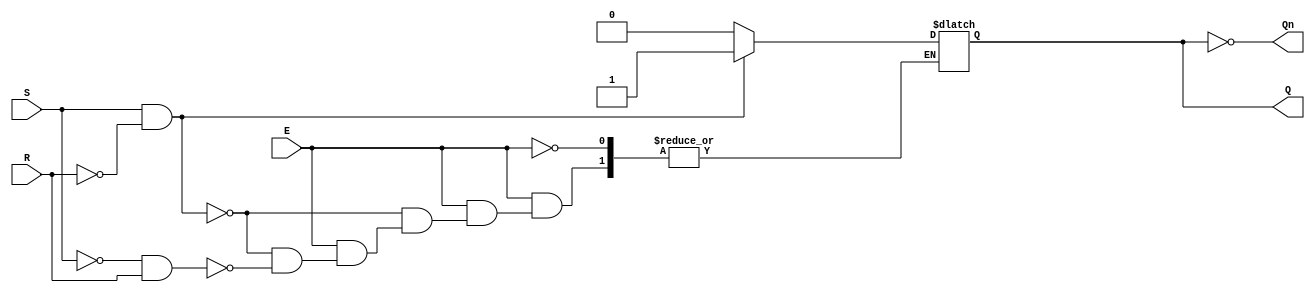
module gated_sr_latch (
    input wire S,      // Set input
    input wire R,      // Reset input
    input wire E,      // Enable input
    output reg Q,      // Output Q
    output wire Qn     // Complementary output Q'
);

// Assign complementary output Qn
assign Qn = ~Q;

// Always block to model the behavior of the Gated SR Latch
always @(*) begin
    if (E) begin
        if (S && !R) begin
            Q = 1'b1;  // Set Q to 1
        end
        else if (!S && R) begin
            Q = 1'b0;  // Reset Q to 0
        end
        // If both S and R are 0, retain current state (no change)
        // If both S and R are 1, this is an invalid condition
        // Typically, we can choose to hold the last valid state or handle it as needed
    end
    // If E is low, retain the current state (Q will not change)
end

endmodule